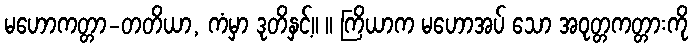
မဟောကတ္တာ-တတိယာ, ကံမှာ ဒုတိနှင့်။ ။ ကြိယာက မဟောအပ် သော အဝုတ္တကတ္တားကို